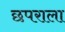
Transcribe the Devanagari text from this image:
छपराला